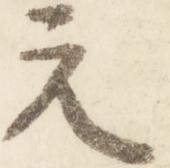
元